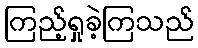
ကြည့်ရှုခဲ့ကြသည်